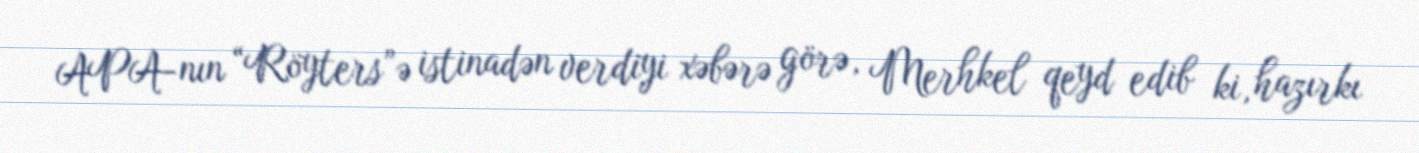
APA-nın “Röyters”ə istinadən verdiyi xəbərə görə, Merhkel qeyd edib ki, hazırkı